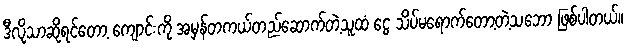
ဒီလိုသာဆိုရင်တော့ ကျောင်းကို အမှန်တကယ်တည်ဆောက်တဲ့သူထံ ငွေ သိပ်မရောက်တော့တဲ့သဘော ဖြစ်ပါတယ်။